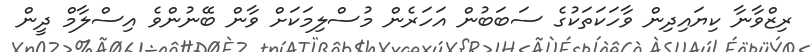
ރިޒްވާނާ ކިޔައިދިން ވާހަކަތަކުގެ ސަބަބުން އަހަރެން މުސްލިމަކަށް ވާން ބޭނުންވެ އިސްލާމް ދީން